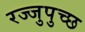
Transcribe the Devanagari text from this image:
रज्जुपुच्छ